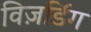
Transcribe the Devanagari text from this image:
विज़र्डिंग